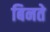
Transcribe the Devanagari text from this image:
बिनते